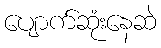
ပျောက်ဆုံးနေဆဲ